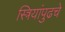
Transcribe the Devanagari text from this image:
स्त्रियांपुढचे